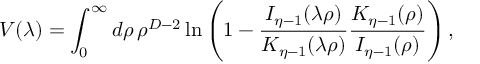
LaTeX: { \cal V } ( \lambda ) = \int _ { 0 } ^ { \infty } d \rho \, \rho ^ { D - 2 } \ln \left( 1 - { \frac { I _ { \eta - 1 } ( \lambda \rho ) } { K _ { \eta - 1 } ( \lambda \rho ) } } { \frac { K _ { \eta - 1 } ( \rho ) } { I _ { \eta - 1 } ( \rho ) } } \right) ,